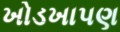
ખોડખાપણ